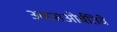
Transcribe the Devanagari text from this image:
अद्द्सओर्बतिवे